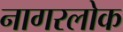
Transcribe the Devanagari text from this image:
नागरलोक